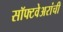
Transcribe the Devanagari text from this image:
सॉफ्टवेअरांची